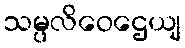
သမ္ပလိဝေဌေယျ